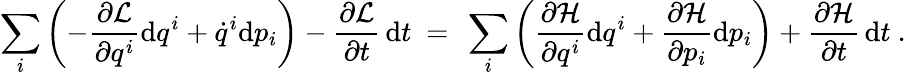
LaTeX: \sum_{i}\left(-{\frac{\partial{\mathcal{L}}}{\partial q^{i}}}\mathrm{d}q^{i}+{\dot{q}}^{i}\mathrm{d}p_{i}\right)-{\frac{\partial{\mathcal{L}}}{\partial t}}\, \mathrm{d}t\ =\ \sum_{i}\left({\frac{\partial{\mathcal{H}}}{\partial q^{i}}}\mathrm{d}q^{i}+{\frac{\partial{\mathcal{H}}}{\partial p_{i}}}\mathrm{d}p_{i}\right)+{\frac{\partial{\mathcal{H}}}{\partial t}}\, \mathrm{d}t\ .